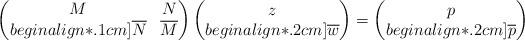
LaTeX: \begin{align*}\begin{pmatrix}M & N \\begin{align*}.1cm]\overline{N} & \overline{M} \end{pmatrix}\begin{pmatrix}z\\begin{align*}.2cm]\overline{w}\end{pmatrix}=\begin{pmatrix}p \\begin{align*}.2cm]\overline{p}\end{pmatrix}\end{align*}